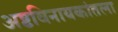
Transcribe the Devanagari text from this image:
अष्टविनायकांतला